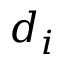
d _ { i }